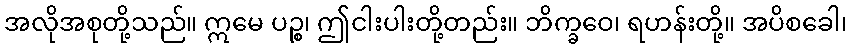
အလိုအစုတို့သည်။ ဣမေ ပဉ္စ၊ ဤငါးပါးတို့တည်း။ ဘိက္ခဝေ၊ ရဟန်းတို့။ အပိစခေါ၊